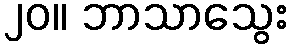
၂၀။ ဘာသာသွေး